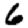
Digit: 6